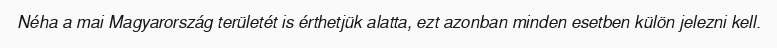
Néha a mai Magyarország területét is érthetjük alatta, ezt azonban minden esetben külön jelezni kell.